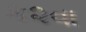
ક૨વા